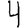
Digit: 4